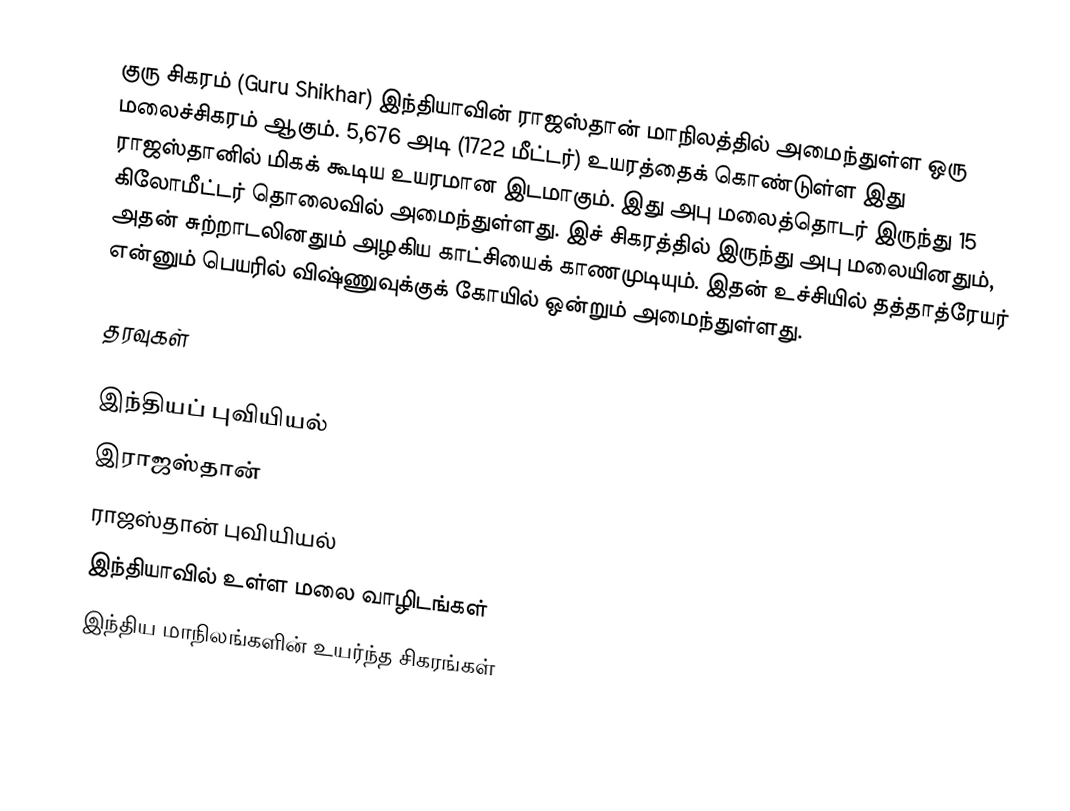
குரு சிகரம் (Guru Shikhar) இந்தியாவின் ராஜஸ்தான் மாநிலத்தில் அமைந்துள்ள ஒரு மலைச்சிகரம் ஆகும். 5,676 அடி (1722 மீட்டர்) உயரத்தைக் கொண்டுள்ள இது ராஜஸ்தானில் மிகக் கூடிய உயரமான இடமாகும். இது அபு மலைத்தொடர் இருந்து 15 கிலோமீட்டர் தொலைவில் அமைந்துள்ளது. இச் சிகரத்தில் இருந்து அபு மலையினதும், அதன் சுற்றாடலினதும் அழகிய காட்சியைக் காணமுடியும். இதன் உச்சியில் தத்தாத்ரேயர் என்னும் பெயரில் விஷ்ணுவுக்குக் கோயில் ஒன்றும் அமைந்துள்ளது.

தரவுகள்

இந்தியப் புவியியல்
இராஜஸ்தான்
ராஜஸ்தான் புவியியல்
இந்தியாவில் உள்ள மலை வாழிடங்கள்
இந்திய மாநிலங்களின் உயர்ந்த சிகரங்கள்